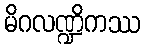
မိဂလဏ္ဍိကဿ